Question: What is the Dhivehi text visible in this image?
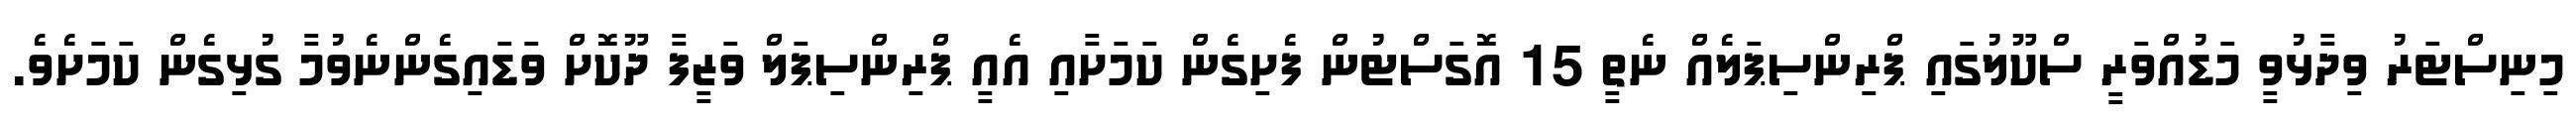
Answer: މިނިސްޓަރު ވިދާޅުވީ މަޑުއްވަރީ ސްކޫލުގައި ޕްރިންސިޕަލެއް ނެތީ 15 އޮގަސްޓުން ފެށިގެން ކަމަށާއި އެއީ ޕްރިންސިޕަލް ވަޒީފާ ދޫކޮށް ވަޑައިގެންނެވުމާ ގުޅިގެން ކަމަށެވެ.